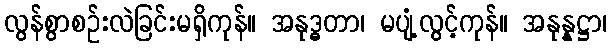
လွန်စွာစဉ်းလဲခြင်းမရှိကုန်။ အနုဒ္ဓတာ၊ မပျံ့လွင့်ကုန်။ အနုန္နဋ္ဌာ၊